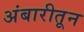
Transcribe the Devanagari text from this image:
अंबारीतून